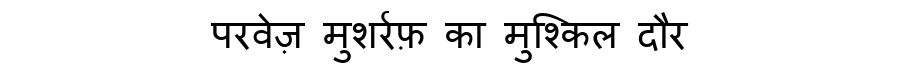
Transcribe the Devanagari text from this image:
परवेज़ मुशर्रफ़ का मुश्किल दौर